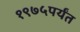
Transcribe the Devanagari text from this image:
१९७५पर्यंत